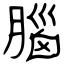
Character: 腦